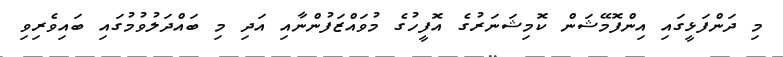
މި ދަންފަޅީގައި އިންފޮމޭޝަން ކޮމިޝަނަރުގެ އޮފީހުގެ މުވައްޒަފުންނާއި އަދި މި ބައްދަލުވުމުގައި ބައިވެރިވި